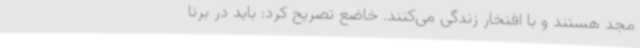
مجد هستند و با افتخار زندگی می‌کنند. خاضع تصریح کرد: باید در برنا